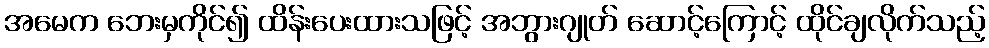
အမေက ဘေးမှကိုင်၍ ထိန်းပေးထားသဖြင့် အဘွားဂျုတ် ဆောင့်ကြောင့် ထိုင်ချလိုက်သည့်